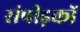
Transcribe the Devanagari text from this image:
संपीड़कों